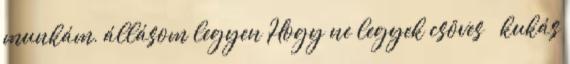
munkám, állásom legyen Hogy ne legyek csöves kukás